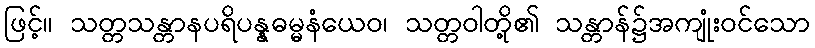
ဖြင့်။ သတ္တသန္တာနပရိပန္နဓမ္မနံယေဝ၊ သတ္တဝါတို့၏ သန္တာန်၌အကျုံးဝင်သော